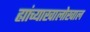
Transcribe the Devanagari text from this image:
ह्यांच्याखालोखाल